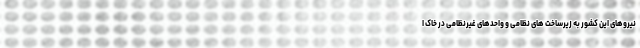
نیروهای این کشور به زیرساخت های نظامی و واحدهای غیرنظامی در خاک ا